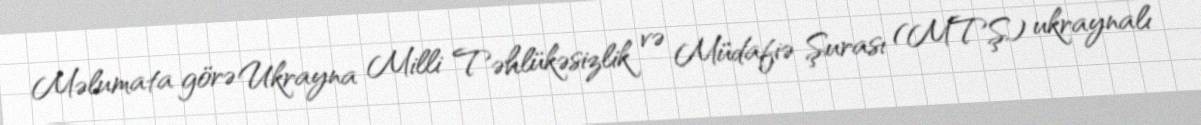
Məlumata görə Ukrayna Milli Təhlükəsizlik və Müdafiə Şurası (MTŞ) ukraynalı